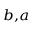
^ { b , a }